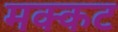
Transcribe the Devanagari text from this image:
मक्कट